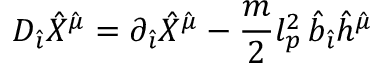
{ \cal D } _ { \hat { \imath } } { \hat { X } } ^ { \hat { \mu } } = \partial _ { \hat { \imath } } { \hat { X } } ^ { \hat { \mu } } - \frac { m } { 2 } l _ { p } ^ { 2 } \, { \hat { b } } _ { \hat { \imath } } { \hat { h } } ^ { \hat { \mu } }